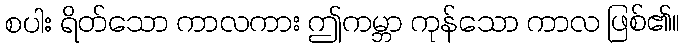
စပါး ရိတ်သော ကာလကား ဤကမ္ဘာ ကုန်သော ကာလ ဖြစ်၏။